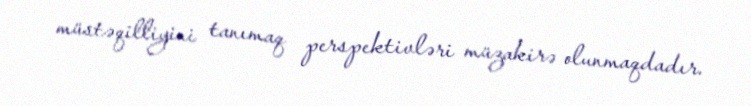
müstəqilliyini tanımaq perspektivləri müzakirə olunmaqdadır.